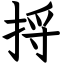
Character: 捋